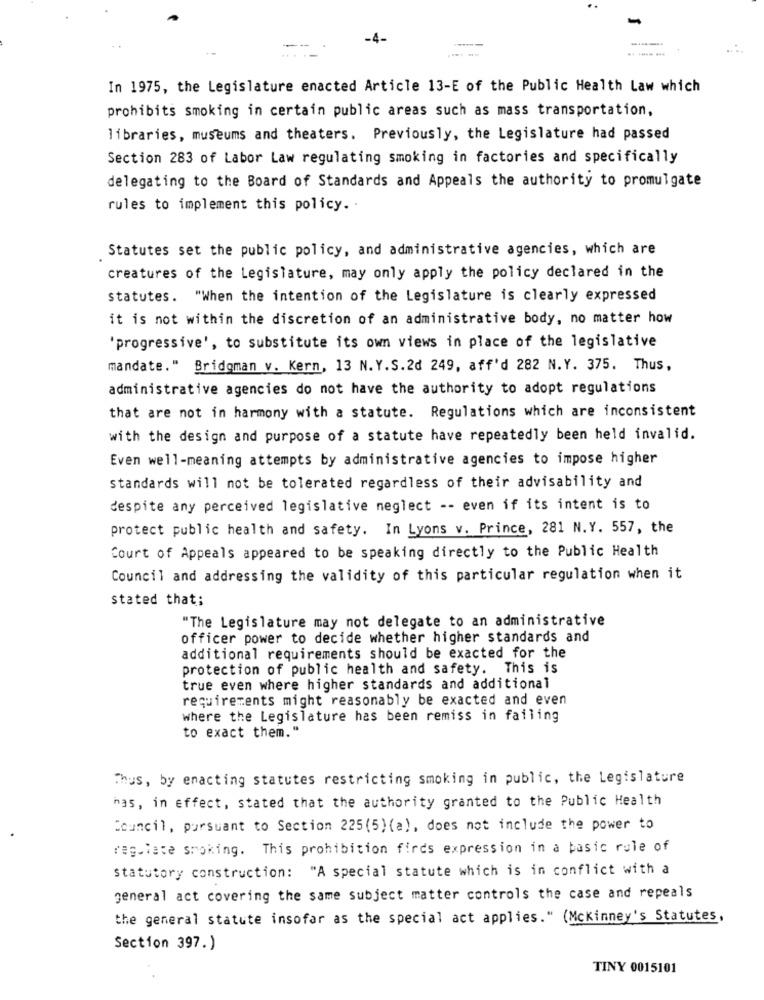
-4_
In 1975, the Legislature enacted Article 13-E of the Public Health Law which
prohibits smoking in certain public areas such as mass transportation,
libraries, museums and theaters. Previously, the Legislature had passed
Section 283 of Labor Law regulating smoking in factories and specifically
delegating to the Board of Standards and Appeals the authority to promulgate
rules to implement this policy ..
Statutes set the public policy, and administrative agencies, which are
creatures of the Legislature, may only apply the policy declared in the
statutes. "When the intention of the Legislature is clearly expressed
it is not within the discretion of an administrative body, no matter how
'progressive', to substitute its own views in place of the legislative
mandate." Bridgman v. Kern, 13 N.Y.S.2d 249, aff'd 282 N.Y. 375. Thus,
administrative agencies do not have the authority to adopt regulations
that are not in harmony with a statute. Regulations which are inconsistent
with the design and purpose of a statute have repeatedly been held invalid.
Even well-meaning attempts by administrative agencies to impose higher
standards will not be tolerated regardless of their advisability and
despite any perceived legislative neglect -- even if its intent is to
protect public health and safety. In Lyons v. Prince, 281 N.Y. 557, the
Court of Appeals appeared to be speaking directly to the Public Health
Council and addressing the validity of this particular regulation when it
stated that;
"The Legislature may not delegate to an administrative
officer power to decide whether higher standards and
additional requirements should be exacted for the
protection of public health and safety. This is
true even where higher standards and additional
requirements might reasonably be exacted and even
where the Legislature has been remiss in failing
to exact them."
Thus, by enacting statutes restricting smoking in public, the Legislature
has, in effect, stated that the authority granted to the Public Health
Council, pursuant to Section 225(5) (a), does not include the power to
regulate smoking. This prohibition finds expression in a basic rule of
statutory construction: "A special statute which is in conflict with a
general act covering the same subject matter controls the case and repeals
the general statute insofar as the special act applies." (Mckinney's Statutes,
Section 397.)
TINY 0015101